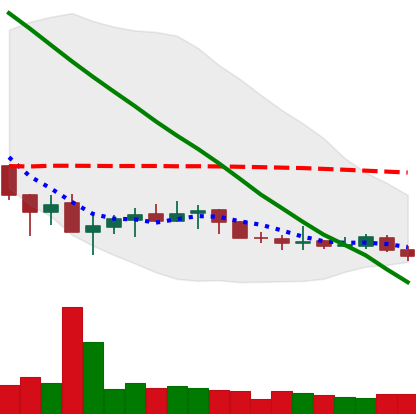
Ticker: XLM-USD
Chart end date: 2019-12-10
Forward return: -4.121%
Label: down_3_5